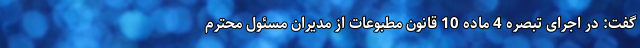
گفت: در اجرای تبصره 4 ماده 10 قانون مطبوعات از مدیران مسئول محترم